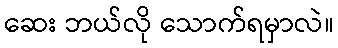
ဆေး ဘယ်လို သောက်ရမှာလဲ။